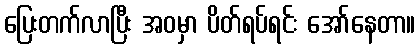
ပြေးတက်လာပြီး အဝမှာ ပိတ်ရပ်ရင်း အော်နေတာ။